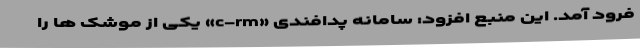
فرود آمد. این منبع افزود: سامانه پدافندی «c-rm» یکی از موشک ها را